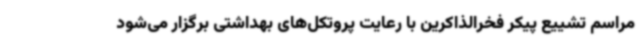
مراسم تشییع پیکر فخرالذاکرین با رعایت پروتکل‌های بهداشتی برگزار می‌شود